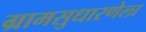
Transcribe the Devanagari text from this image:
ग्रामसुधारणेला